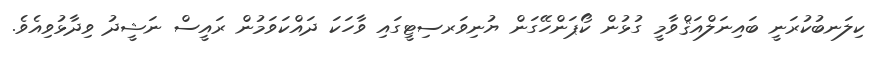
ކިލަނބުކުރަނީ ބައިނަލްއަޤްވާމީ ގުޅުން ކޯޕަންހޭގަން ޔުނިވަރސިޓީގައި ވާހަކަ ދައްކަވަމުން ރައީސް ނަޝީދު ވިދާޅުވިއެވެ.